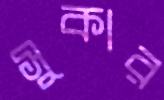
সুকার